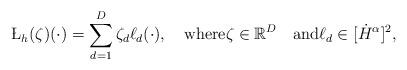
LaTeX: \begin{align*}\L_h(\zeta)(\cdot)=\sum_{d=1}^{D} \zeta_d \ell_d(\cdot),\quad\hbox{where}\zeta \in \mathbb{R}^D \quad\hbox{and}\ell_d\in [\dot H^\alpha]^2,\end{align*}